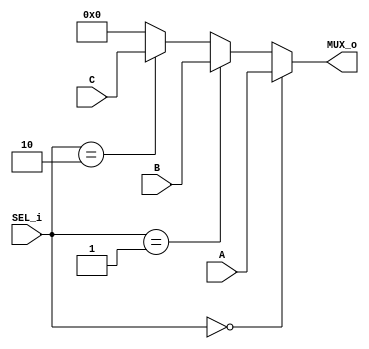
`timescale 1ns / 1ps
//////////////////////////////////////////////////////////////////////////////////
// Company: 
// Engineer: 
// 
// Design Name: 
// Module Name: MUX3_1
// Project Name: 
// Target Devices: 
// Tool Versions: 
// Description: 
// 
// Dependencies: 
// 
// Revision:
// Revision 0.01 - File Created
// Additional Comments:
// 
//////////////////////////////////////////////////////////////////////////////////


module MUX3_1(
    input [31:0] A,
    input [31:0] B,
    input [31:0] C,
    output[31:0] MUX_o,
    input [1:0] SEL_i
    );
    
    assign MUX_o = (SEL_i == 2'd0) ? A : (SEL_i == 2'd1) ? B : (SEL_i == 2'd2) ? C : 31'd0 ;
endmodule